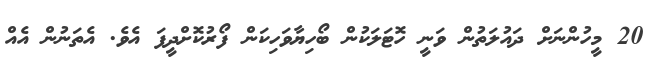
20 މީހުންނަށް ދައުލަތުން ވަނީ ހޮޓަލަކުން ބޯހިޔާވަހިކަން ފޯރުކޮށްދީފަ އެވެ. އެތަނުން އެއް